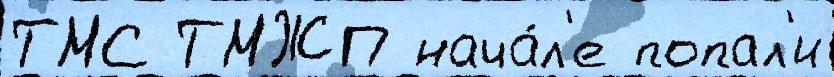
ТМС ТМЖП нача́л'е попал'и